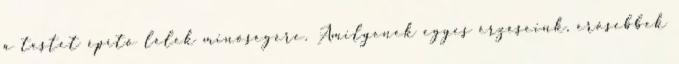
a testet építő lélek minőségére. Amilyenek egyes érzéseink, erősebbek